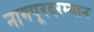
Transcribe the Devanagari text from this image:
नागपूरदरम्यान